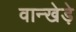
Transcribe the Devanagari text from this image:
वान्खेड़े